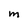
Character: m